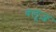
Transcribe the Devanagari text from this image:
वलूज़